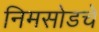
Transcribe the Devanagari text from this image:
निमसोडचे